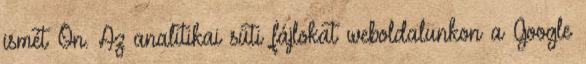
ismét Ön. Az analitikai süti fájlokat weboldalunkon a Google